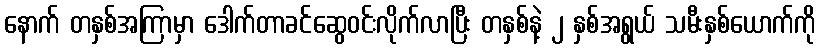
နောက် တနှစ်အကြာမှာ ဒေါက်တာခင်ဆွေဝင်းလိုက်လာပြီး တနှစ်နဲ့ ၂ နှစ်အရွယ် သမီးနှစ်ယောက်ကို